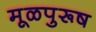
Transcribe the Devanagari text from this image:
मूळपुरूष